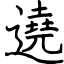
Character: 遶